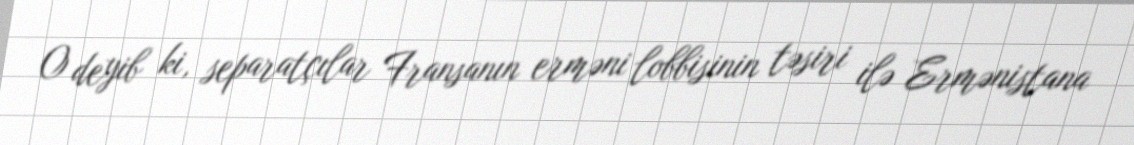
O deyib ki, separatçılar Fransanın erməni lobbisinin təsiri ilə Ermənistana